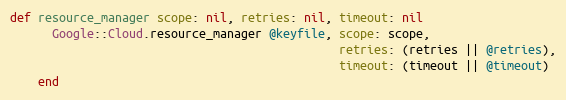
Language: Ruby
def resource_manager scope: nil, retries: nil, timeout: nil
      Google::Cloud.resource_manager @keyfile, scope: scope,
                                               retries: (retries || @retries),
                                               timeout: (timeout || @timeout)
    end